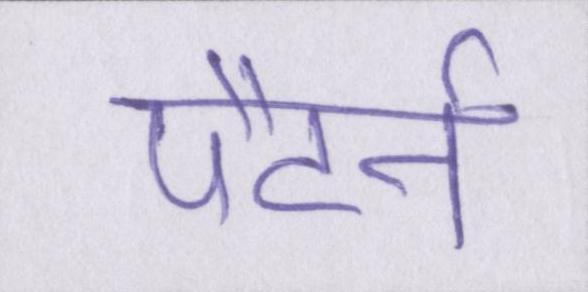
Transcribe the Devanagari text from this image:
पैटर्न